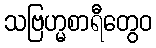
သဗြဟ္မစာရီတွေဝ